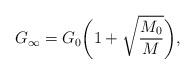
LaTeX: \begin{align*}G_{\infty}=G_0\biggl(1+\sqrt{\frac{M_0}{M}}\biggr),\end{align*}